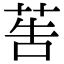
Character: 𦮽